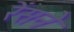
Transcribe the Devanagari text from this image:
रेंसने